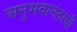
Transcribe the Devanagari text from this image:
अनुभवानंतरची